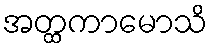
အတ္ထကာမောသိ